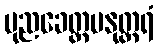
ပုညခေတ္တမနုတ္တရံ